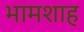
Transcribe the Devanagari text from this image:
भामशाह